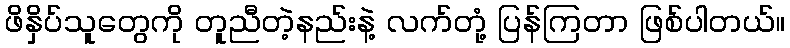
ဖိနှိပ်သူတွေကို တူညီတဲ့နည်းနဲ့ လက်တုံ့ ပြန်ကြတာ ဖြစ်ပါတယ်။